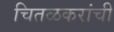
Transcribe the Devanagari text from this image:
चितळकरांची